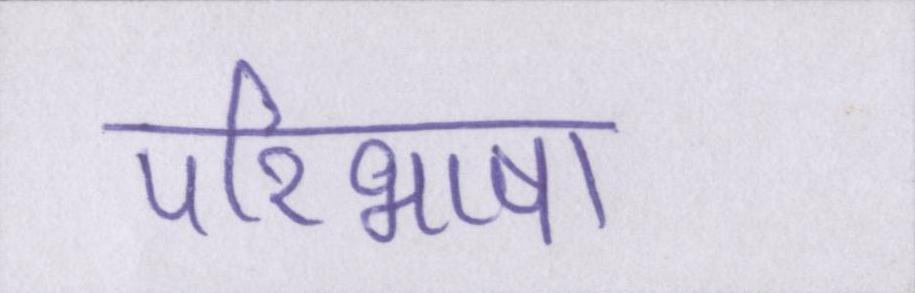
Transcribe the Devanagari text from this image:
परिभाषा